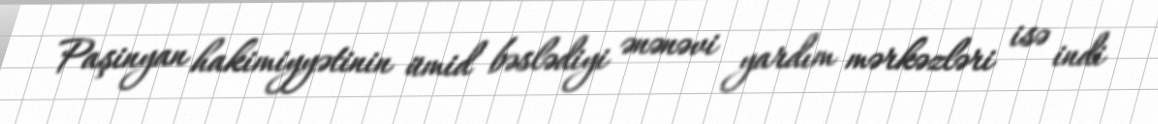
Paşinyan hakimiyyətinin ümid bəslədiyi ənənəvi yardım mərkəzləri isə indi